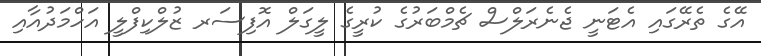
އޭގެ ތެރޭގައި އެޓަނީ ޖެނެރަލްސް ޗެމްބަރުގެ ކުރީގެ ލީގަލް އޮފިސަރ ޒުލްކިފްލީ އަހްމަދުއާއި